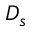
D _ { s }